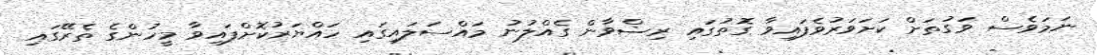
ނަމަވެސް ވަގުތަށް ކަށަވަރުވެފައިވާ ގޮތުގައި ރިޟްވާން ގެއްލުނު މައްސަލައިގައި ހައްޔަރުކޮށްފައިވާ މީހުންގެ ތެރޭގައި